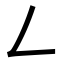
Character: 𠃋